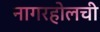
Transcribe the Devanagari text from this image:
नागरहोलची